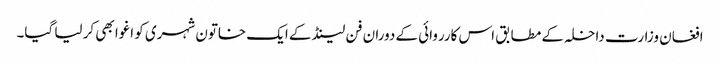
افغان وزارت داخلہ کے مطابق اس کارروائی کے دوران فن لینڈ کے ایک خاتون شہری کو اغوا بھی کر لیا گیا۔